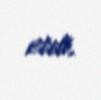
etdi.